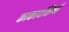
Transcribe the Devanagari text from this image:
काकादक्षिणी